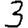
Digit: 3